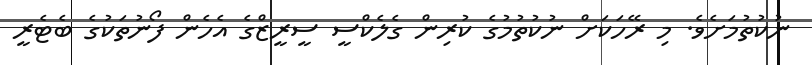
ނުކުތުމަށެވެ. މި ރޭހަކަށް ނުކުތުމުގެ ކުރިން ގެލެކްސީ ސީރީޒްގެ އެހެން ފޯނުތަކުގެ ބެޓެރީ